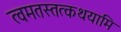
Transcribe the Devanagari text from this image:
त्वमतस्तत्कथयामि